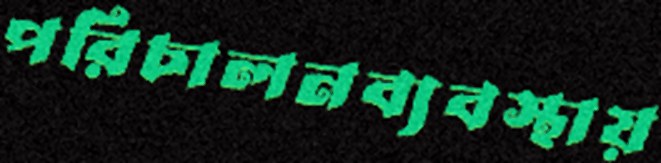
পরিচালনব্যবস্থায়